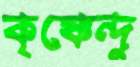
কৃষ্ণেন্দু